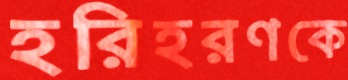
হরিহরণকে